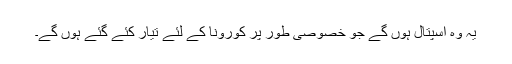
یہ وہ اسپتال ہوں گے جو خصوصی طور پر کورونا کے لئے تیار کئے گئے ہوں گے۔